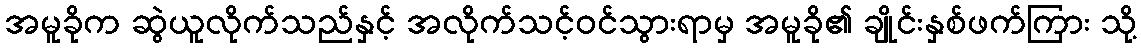
အမူခိုက ဆွဲယူလိုက်သည်နှင့် အလိုက်သင့်ဝင်သွားရာမှ အမူခို၏ ချိုင်းနှစ်ဖက်ကြား သို့